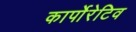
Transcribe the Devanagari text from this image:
कार्पोरेटिव